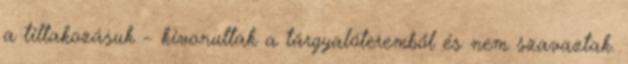
a tiltakozásuk – kivonultak a tárgyalóteremből és nem szavaztak.